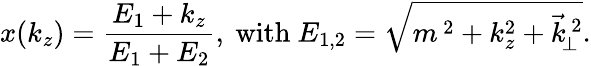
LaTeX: x(k_{z})=\frac{E_{1}+k_{z}}{E_{1}+E_{2}},\mathrm{~with~}E_{1,2}=\sqrt{m^{\, 2}+k_{z}^{2}+\vec{k}_{\! \perp}^{\, 2}}.